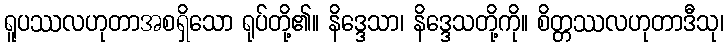
ရူပဿလဟုတာအစရှိသော ရုပ်တို့၏။ နိဒ္ဒေသာ၊ နိဒ္ဒေသတို့ကို။ စိတ္တဿလဟုတာဒီသု၊